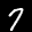
Label: 7